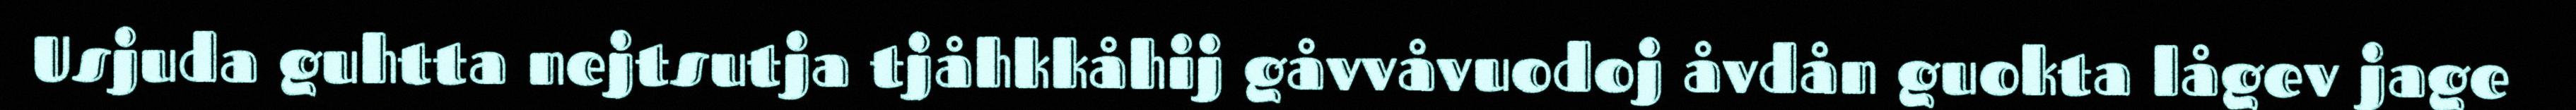
Usjuda guhtta nejtsutja tjåhkkåhij gåvvåvuodoj åvdån guokta lågev jage